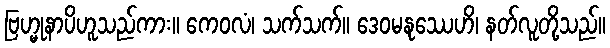
ဗြဟ္မုနာပိဟူသည်ကား။ ကေဝလံ၊ သက်သက်။ ဒေဝမနုဿေဟိ၊ နတ်လူတို့သည်။